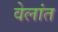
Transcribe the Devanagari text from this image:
वेलांत